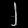
Digit: ၂